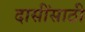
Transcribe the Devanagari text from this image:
दासींसाठी